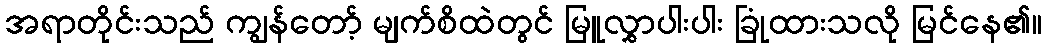
အရာတိုင်းသည် ကျွန်တော့် မျက်စိထဲတွင် မြူလွှာပါးပါး ခြုံထားသလို မြင်နေ၏။